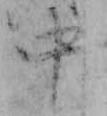
中